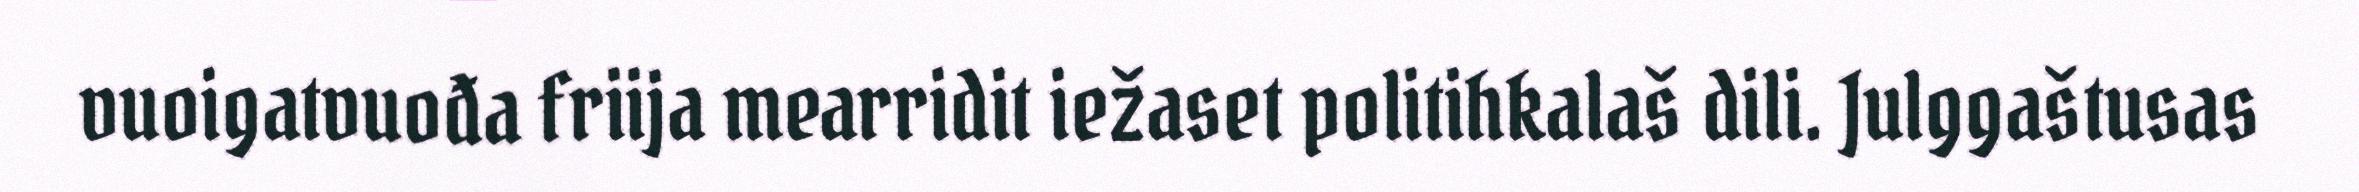
vuoigatvuođa friija mearridit iežaset politihkalaš dili. Julggaštusas